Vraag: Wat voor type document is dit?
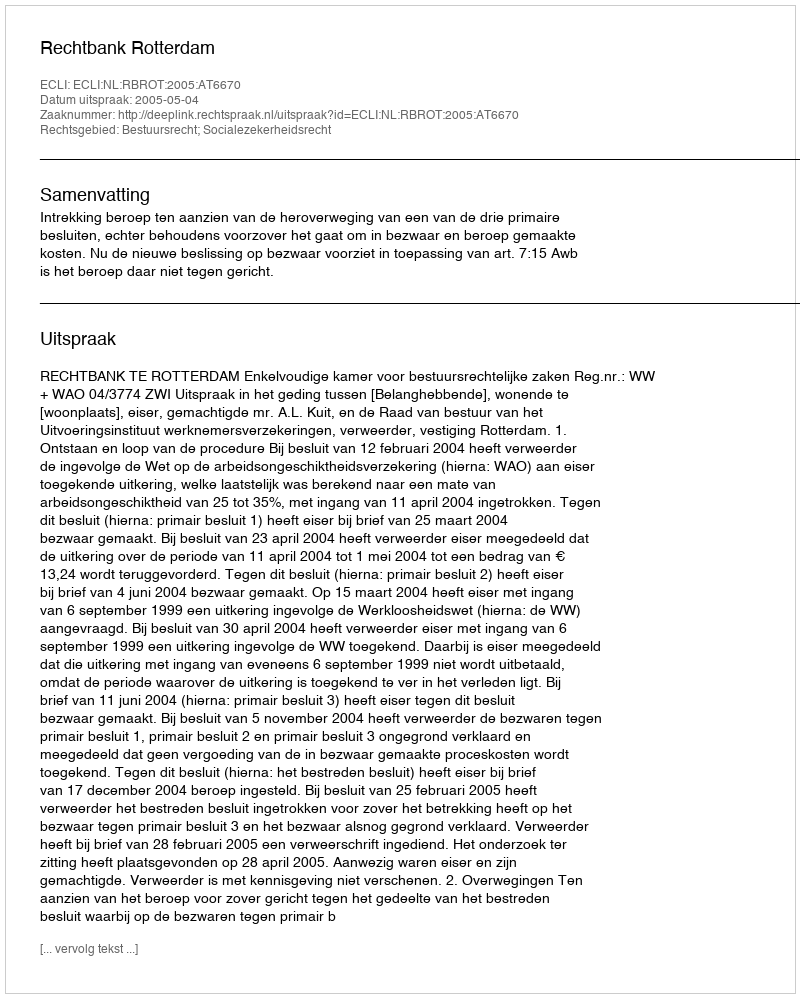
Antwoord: Uitspraak